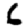
Digit: 6